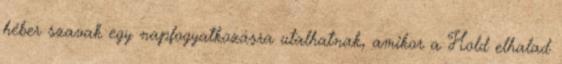
héber szavak egy napfogyatkozásra utalhatnak, amikor a Hold elhalad